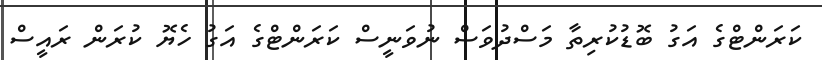
ކަރަންޓްގެ އަގު ބޮޑުކުރިތާ މަސްދުވަސް ނުވަނީސް ކަރަންޓްގެ އަގު ހެޔޮ ކުރަން ރައީސް